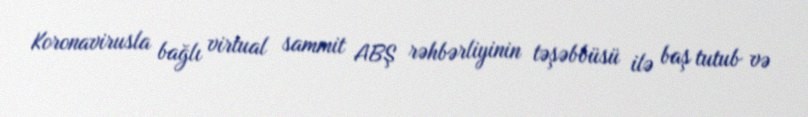
Koronavirusla bağlı virtual sammit ABŞ rəhbərliyinin təşəbbüsü ilə baş tutub və